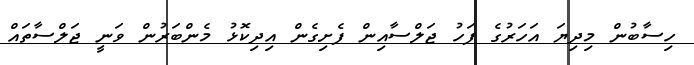
ހިސާބުން މިދިޔަ އަހަރުގެ ފަހު ޖަލްސާއިން ފެށިގެން އިދިކޮޅު މެންބަރުން ވަނީ ޖަލްސާތައް